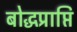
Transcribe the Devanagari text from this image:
बोद्धप्राप्ति